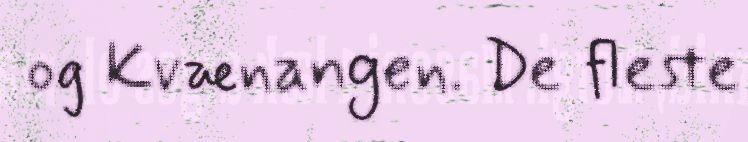
og Kvænangen. De fleste